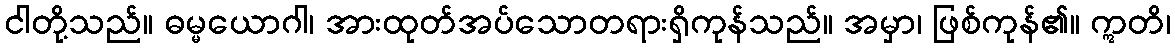
ငါတို့သည်။ ဓမ္မယောဂါ၊ အားထုတ်အပ်သောတရားရှိကုန်သည်။ အမှာ၊ ဖြစ်ကုန်၏။ ဣတိ၊